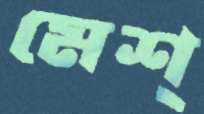
মেশ্‌